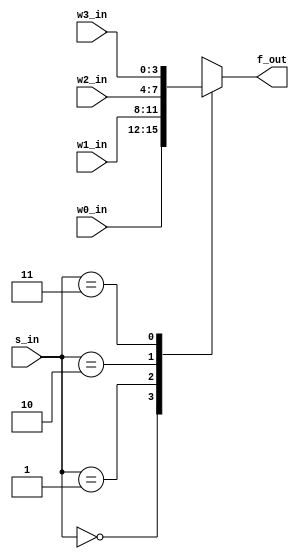
`timescale 1ns / 1ps
//////////////////////////////////////////////////////////////////////////////////
// Company: 
// Engineer: 
// 
// Design Name: 
// Module Name: mux_4X1_nbit
// Project Name: 
// Target Devices: 
// Tool Versions: 
// Description: 
// 
// Dependencies: 
// 
// Revision:
// Revision 0.01 - File Created
// Additional Comments:
// 
//////////////////////////////////////////////////////////////////////////////////


module mux_4X1_nbit
    #(parameter n = 4)(
    input [n-1:0] w0_in, w1_in, w2_in, w3_in,
    input [1:0] s_in,
    output reg [n-1:0] f_out
    );
//    f = A?B:C
//    assign f_out = s_in[0] ? (s_in[1] ? w3_in : w1_in) : (s_in[1] ? w2_in : w0_in );

    always @(w0_in, w1_in, w2_in, w3_in, s_in)
    begin
        case(s_in)
            2'b00: f_out = w0_in;
            2'b01: f_out = w1_in;
            2'b10: f_out = w2_in;
            2'b11: f_out = w3_in;
            default : f_out = 'bx;
        endcase
//        //if else
//        if (s_in == 2'b00)
//        begin
//            f_out = w0_in;
//        end
//        else if (s_in == 2'b01)
//        begin
//            f_out = w1_in;
//        end
//        else if (s_in == 2'b10)
//        begin
//            f_out = w2_in;
//        end
//        else if (s_in == 2'b11)
//        begin
//            f_out = w3_in;
//        end 
//        else
//            f_out = 'bx;
    end
    
endmodule